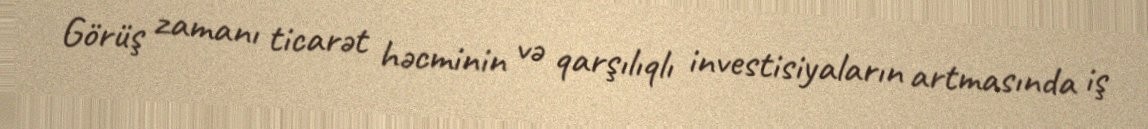
Görüş zamanı ticarət həcminin və qarşılıqlı investisiyaların artmasında iş